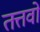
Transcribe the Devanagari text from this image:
तत्तवों